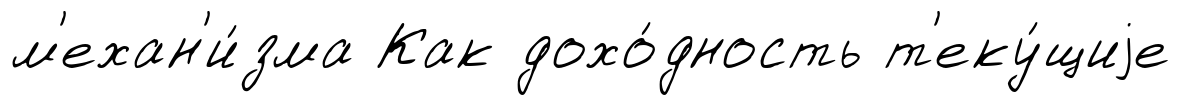
м'ехан'и́зма Как дохо́дность т'еку́щиjе